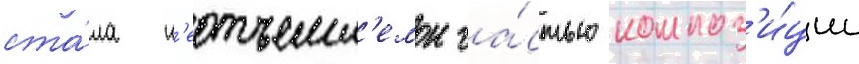
ста́ла н'еотъемл'емои ча́стью композ'и́ции